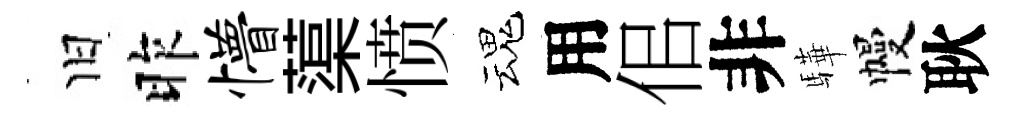
旧昨懵蕖愤魂用佀非驊幔耿